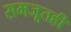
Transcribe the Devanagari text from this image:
समजूतही